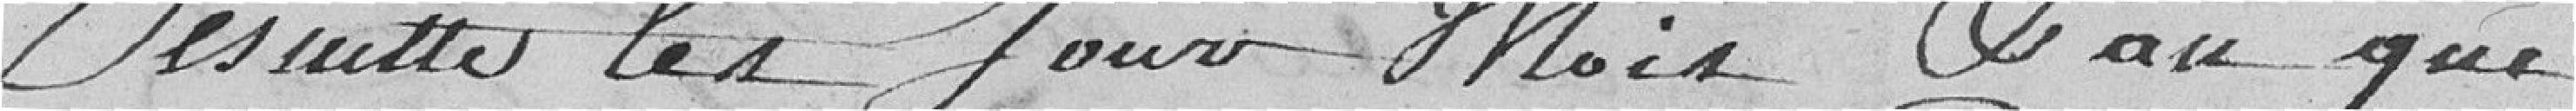
.... les jour, mois et An que